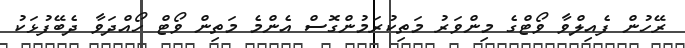
ރޭހުން ފެއިލްވާ ވޯޓްގެ މިންވަރު މަތިކުރަމުންގޮސް އެންމެ މަތިން ވޯޓް ހޯއްދަވާ ދެބޭފުޅަކު